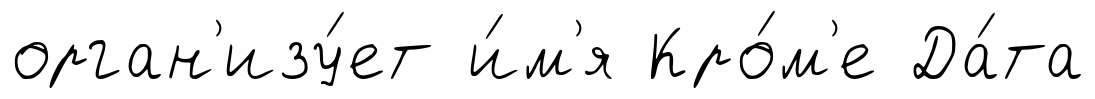
орган'изу́ет и́м'я Кро́м'е Да́та